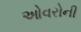
ઓવરોની